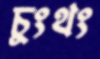
চুংথং